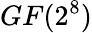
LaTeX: GF({2^{8}})